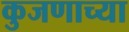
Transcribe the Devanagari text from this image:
कुजणाच्या